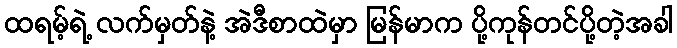
ထရမ့်ရဲ့ လက်မှတ်နဲ့ အဲဒီစာထဲမှာ မြန်မာက ပို့ကုန်တင်ပို့တဲ့အခါ